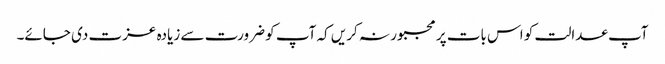
آپ عدالت کو اس بات پر مجبور نہ کریں کہ آپ کو ضرورت سے زیادہ عزت دی جائے۔